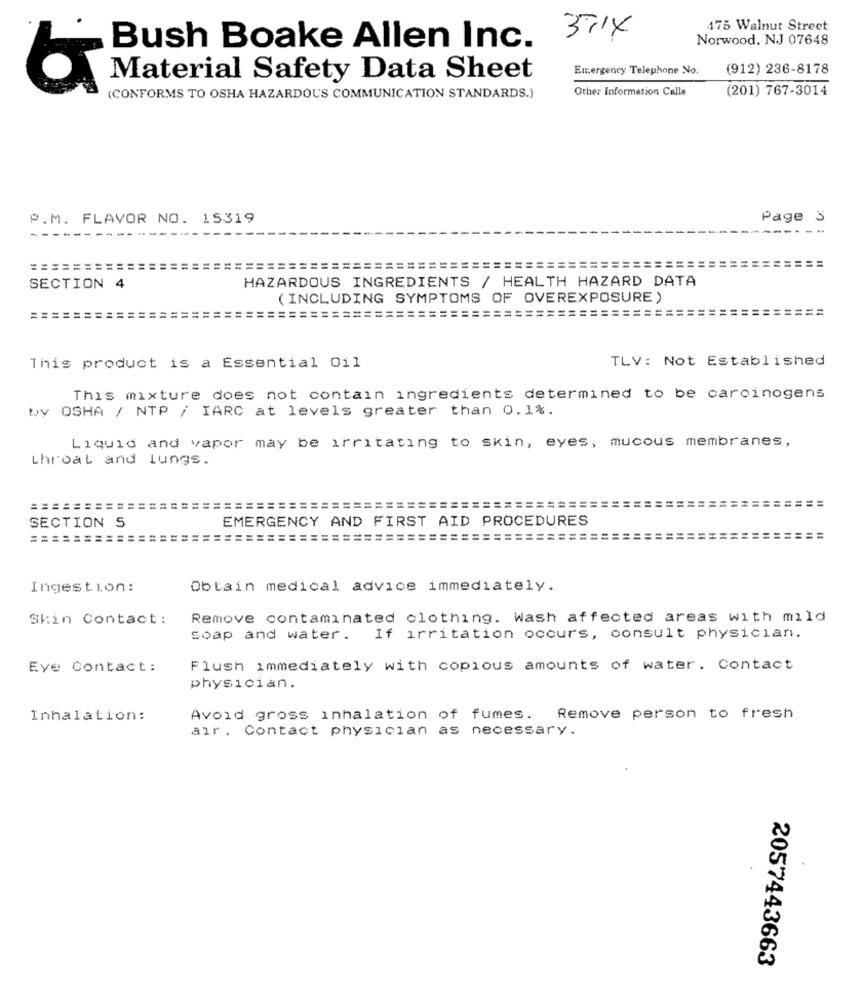
175 Walnut Street
3014
Norwood, NJ 07648
Bush Boake Allen Inc.
Emergency Telephone No.
(912) 236-8178
Material Safety Data Sheet
Other Information Calle
(201) 767-3014
(CONFORMS TO OSHA HAZARDOUS COMMUNICATION STANDARDS.)
P.M. FLAVOR NO. 15319
Page 3
---
==========
HAZARDOUS INGREDIENTS / HEALTH HAZARD DATA
SECTION 4
(INCLUDING SYMPTOMS OF OVEREXPOSURE )
=================
==:
== == ==
=====================
TLV: Not Established
This product is a Essential Oil
This mixture does not contain ingredients determined to be carcinogens
Wy OSHA / NTP / IARC at levels greater than 0.1%.
Liquid and vapor may be irritating to Skin, eyes, mucous membranes,
throat and lungs.
=====================================
=============
=
=
EMERGENCY AND FIRST AID PROCEDURES
SECTION S
=========
Ingestion:
Obtain medical advice immediately.
Skin Contact:
Remove contaminated clothing. Wash affected areas with mild
Soap and water. If irritation occurs, consult physician.
Eye Contact:
Flush immediately with copious amounts of water. Contact
physician.
Inhalation:
Avoid gross inhalation of fumes. Remove person to fresh
air. Contact physician as necessary.
2057443663